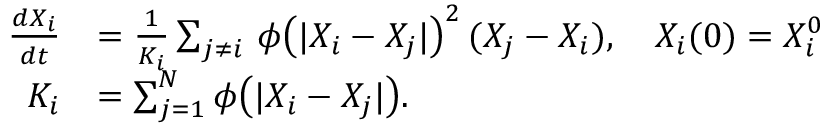
\begin{array} { r l } { \frac { d X _ { i } } { d t } } & { = \frac { 1 } { K _ { i } } \sum _ { j \neq i } \, \phi \big ( | X _ { i } - X _ { j } | \big ) ^ { 2 } \, ( X _ { j } - X _ { i } ) , \quad X _ { i } ( 0 ) = X _ { i } ^ { 0 } } \\ { K _ { i } } & { = \sum _ { j = 1 } ^ { N } \phi \big ( | X _ { i } - X _ { j } | \big ) . } \end{array}